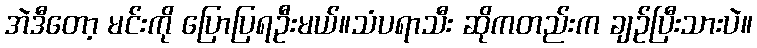
အဲဒီတော့ မင်းကို ပြောပြရဦးမယ်။သံပရာသီး ဆိုကတည်းက ချဉ်ပြီးသားပဲ။